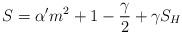
LaTeX: \begin{align*}S=\alpha ^{\prime }{\sl m}^2+1-\frac \gamma 2+\gamma S_H \end{align*}